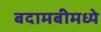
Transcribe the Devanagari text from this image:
बदामबीमध्ये